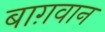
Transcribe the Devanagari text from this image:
बाग़वान